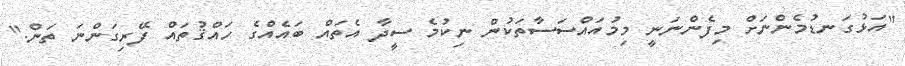
"އަޅުގަނޑުމެންނަށް މިފެންނަނީ މިމުއައްސަސާތަކުން ނިކުމެ ސީދާ އެތައް ބައެއްގެ ހައްޤުތައް ފޭރިގަންނަ ތަން."